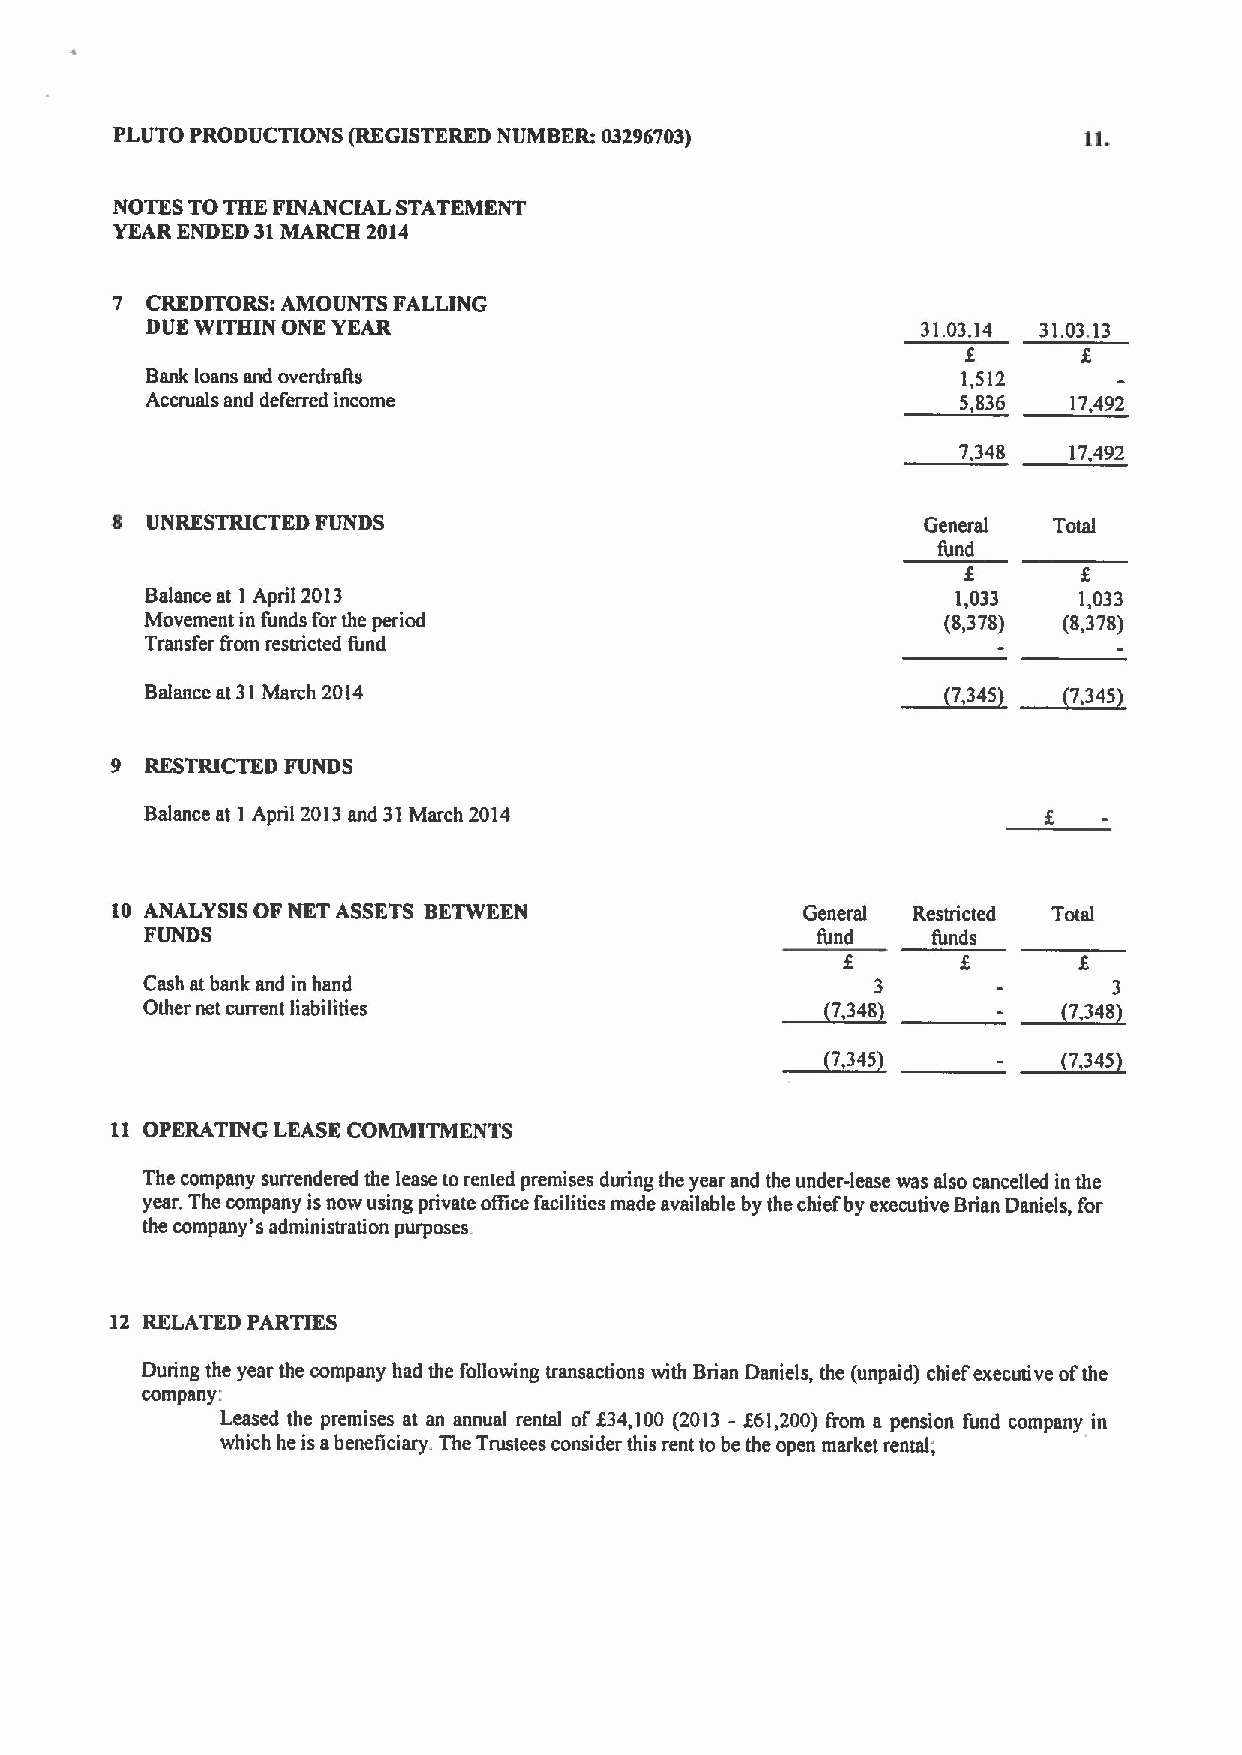
PLUTO PRODUCTIONS (REGISTERED NUMBER: 03296703)
 NOTES TOTHE FINANCIAL STATEMENT
 YEAR ENDED 31MARCH 2014
 7  CREDITORS: AMOUNTS FALLING
 DUE WITHIN ONE YEAR                                31.03.14 31.03.13
 f       f
 Bank loans and overdrrdts                             1,512
 Accruals and deferred income                          5,836  17,492
 7,348  17,492
 UNRESTRICTED FUNDS                                 General  Total
 fund
 f
 Balance at 1 April 2013                              1,033   1,033
 Movement in funds forthe period                      (8,378) (8,378)
 Transfer from restricted fund
 ~7,     ~7.
 Balance at 31March 2014                               345     345
 9  RESTRICTED FUNDS
 Balance at 1 April 2013and 31March 2014
 10 ANALYSIS OF NET ASSETS BETWEEN             General Restricted Total
 FUNDS                                       fund    funds
 f       f
 Cash at bank and in hand                   ~7,   3         ~7.   3
 Other net current liabilities                  348             348
 ~7.             ~7.
 345             345
 II OPERATING LEASE COMMITMENTS
 The company surrendered the lease torented premises during the year and the under-lease was also cancelled in the
 year. The company isnow using private office facilities made available by the chiefby executive Brian Daniels, for
 the company's administration purposes.
 12 RELATED PARTIES
 During the year the company had the following transactions with Brian Daniels, the (unpaid) chief executive ofthe
 company:
 Leased the premises at an annual rental off34,100 (2013 - f61,200) from a pension fund company in
 which he isabeneficiary. The Trustees consider this rent to be the open market rental;